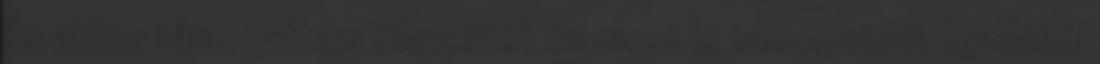
Én akkor támogattam Rleventét és most is támogatom. Igazából